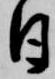
日